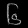
Digit: ၆